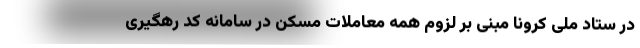
در ستاد ملی کرونا مبنی بر لزوم همه معاملات مسکن در سامانه کد رهگیری